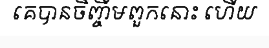
គេបានចិញ្ចឹមពួកនោះ ហើយ